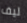
ليف